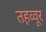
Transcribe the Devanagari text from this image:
तहव्वूर